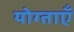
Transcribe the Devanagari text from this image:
योग्ताएँ